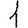
Digit: 1